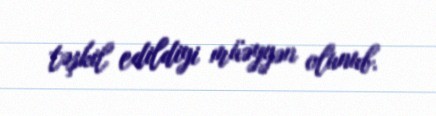
təşkil edildiyi müəyyən olunub.